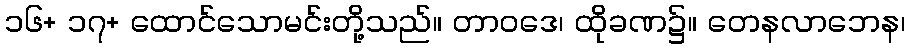
၁၆+ ၁၇+ ထောင်သောမင်းတို့သည်။ တာဝဒေ၊ ထိုခဏ၌။ တေနလာဘေန၊